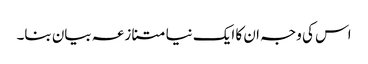
اس کی وجہ ان کا ایک نیا متنازعہ بیان بنا۔